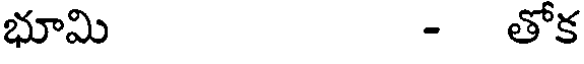
భూమి - తోక